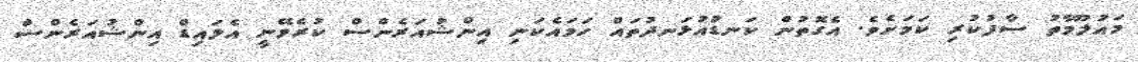
މައުލޫމާތު ސާފުކުރި ކަމަށެވެ. އެގޮތުން ކަނޑުއުޅަނދުތައް ހަމައެކަނި އިންޝުއަރެންސް ކުރެވޭނީ އެލައިޑް އިންޝުއަރެންސް